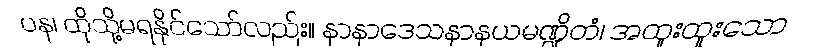
ပန၊ ထိုသို့မရနိုင်သော်လည်း။ နာနာဒေသနာနယမဏ္ဍိတံ၊ အထူးထူးသော